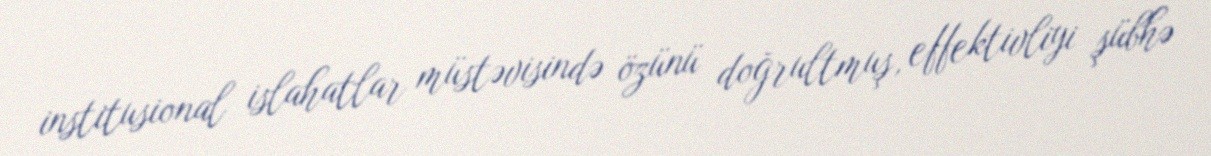
institusional islahatlar müstəvisində özünü doğrultmuş, effektivliyi şübhə